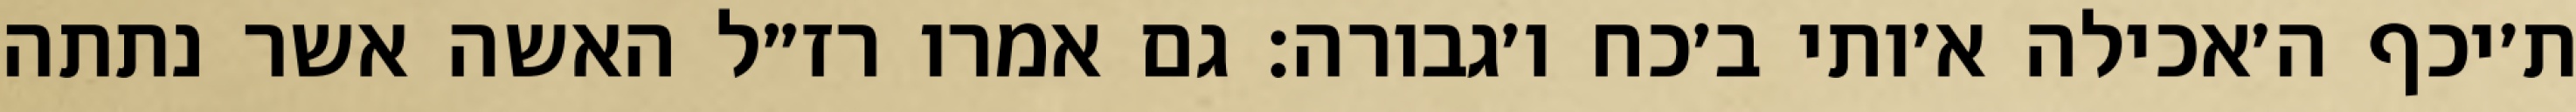
ת׳יכף ה׳אכילה א׳ותי ב׳כח ו׳גבורה: גם אמרו רז״ל האשה אשר נתתה